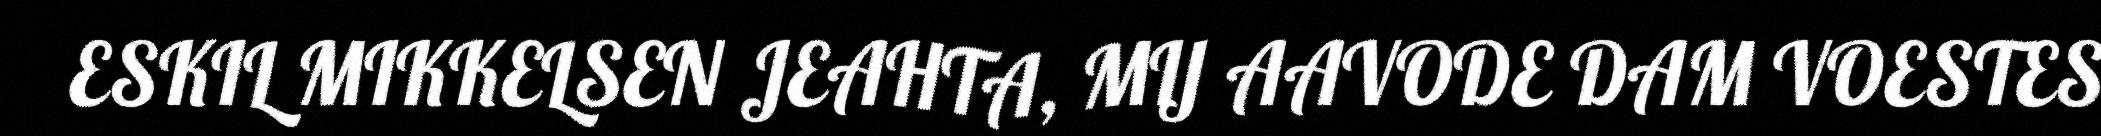
ESKIL MIKKELSEN JEAHTA, MIJ AAVODE DAM VOESTES